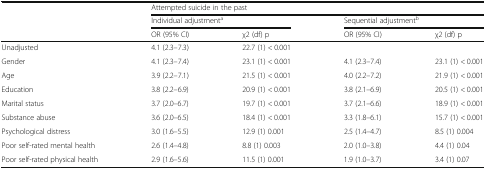
| <ROWSPAN=3>  | <COLSPAN=4> Attempted suicide in the past |
 | <COLSPAN=2> Individual adjustmenta | <COLSPAN=2> Sequential adjustmentb |
 | OR (95% CI) | χ2 (df) p | OR (95% CI) | χ2 (df) p |
 | --- | --- | --- | --- | --- |
 | Unadjusted | 4.1 (2.3–7.3) | 22.7 (1) < 0.001 |  |  |
 | Gender | 4.1 (2.3–7.4) | 23.1 (1) < 0.001 | 4.1 (2.3–7.4) | 23.1 (1) < 0.001 |
 | Age | 3.9 (2.2–7.1) | 21.5 (1) < 0.001 | 4.0 (2.2–7.2) | 21.9 (1) < 0.001 |
 | Education | 3.8 (2.2–6.9) | 20.9 (1) < 0.001 | 3.8 (2.1–6.9) | 20.5 (1) < 0.001 |
 | Marital status | 3.7 (2.0–6.7) | 19.7 (1) < 0.001 | 3.7 (2.1–6.6) | 18.9 (1) < 0.001 |
 | Substance abuse | 3.6 (2.0–6.5) | 18.4 (1) < 0.001 | 3.3 (1.8–6.1) | 15.7 (1) < 0.001 |
 | Psychological distress | 3.0 (1.6–5.5) | 12.9 (1) 0.001 | 2.5 (1.4–4.7) | 8.5 (1) 0.004 |
 | Poor self-rated mental health | 2.6 (1.4–4.8) | 8.8 (1) 0.003 | 2.0 (1.0–3.8) | 4.4 (1) 0.04 |
 | Poor self-rated physical health | 2.9 (1.6–5.6) | 11.5 (1) 0.001 | 1.9 (1.0–3.7) | 3.4 (1) 0.07 |